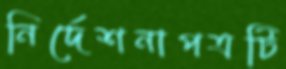
নির্দেশনাপত্রটি